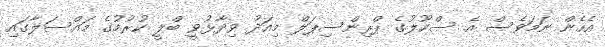
އެހެން ނަމަވެސް އެ ސްކޫލުގެ ޕްރިންސިޕަލް މިއަދު ވިދާޅުވީ ބްލީ ކުރުމުގެ މައްސަލާގައި